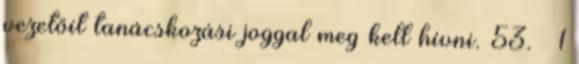
vezetőit tanácskozási joggal meg kell hívni. 53. § 1